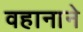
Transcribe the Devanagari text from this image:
वहानाने